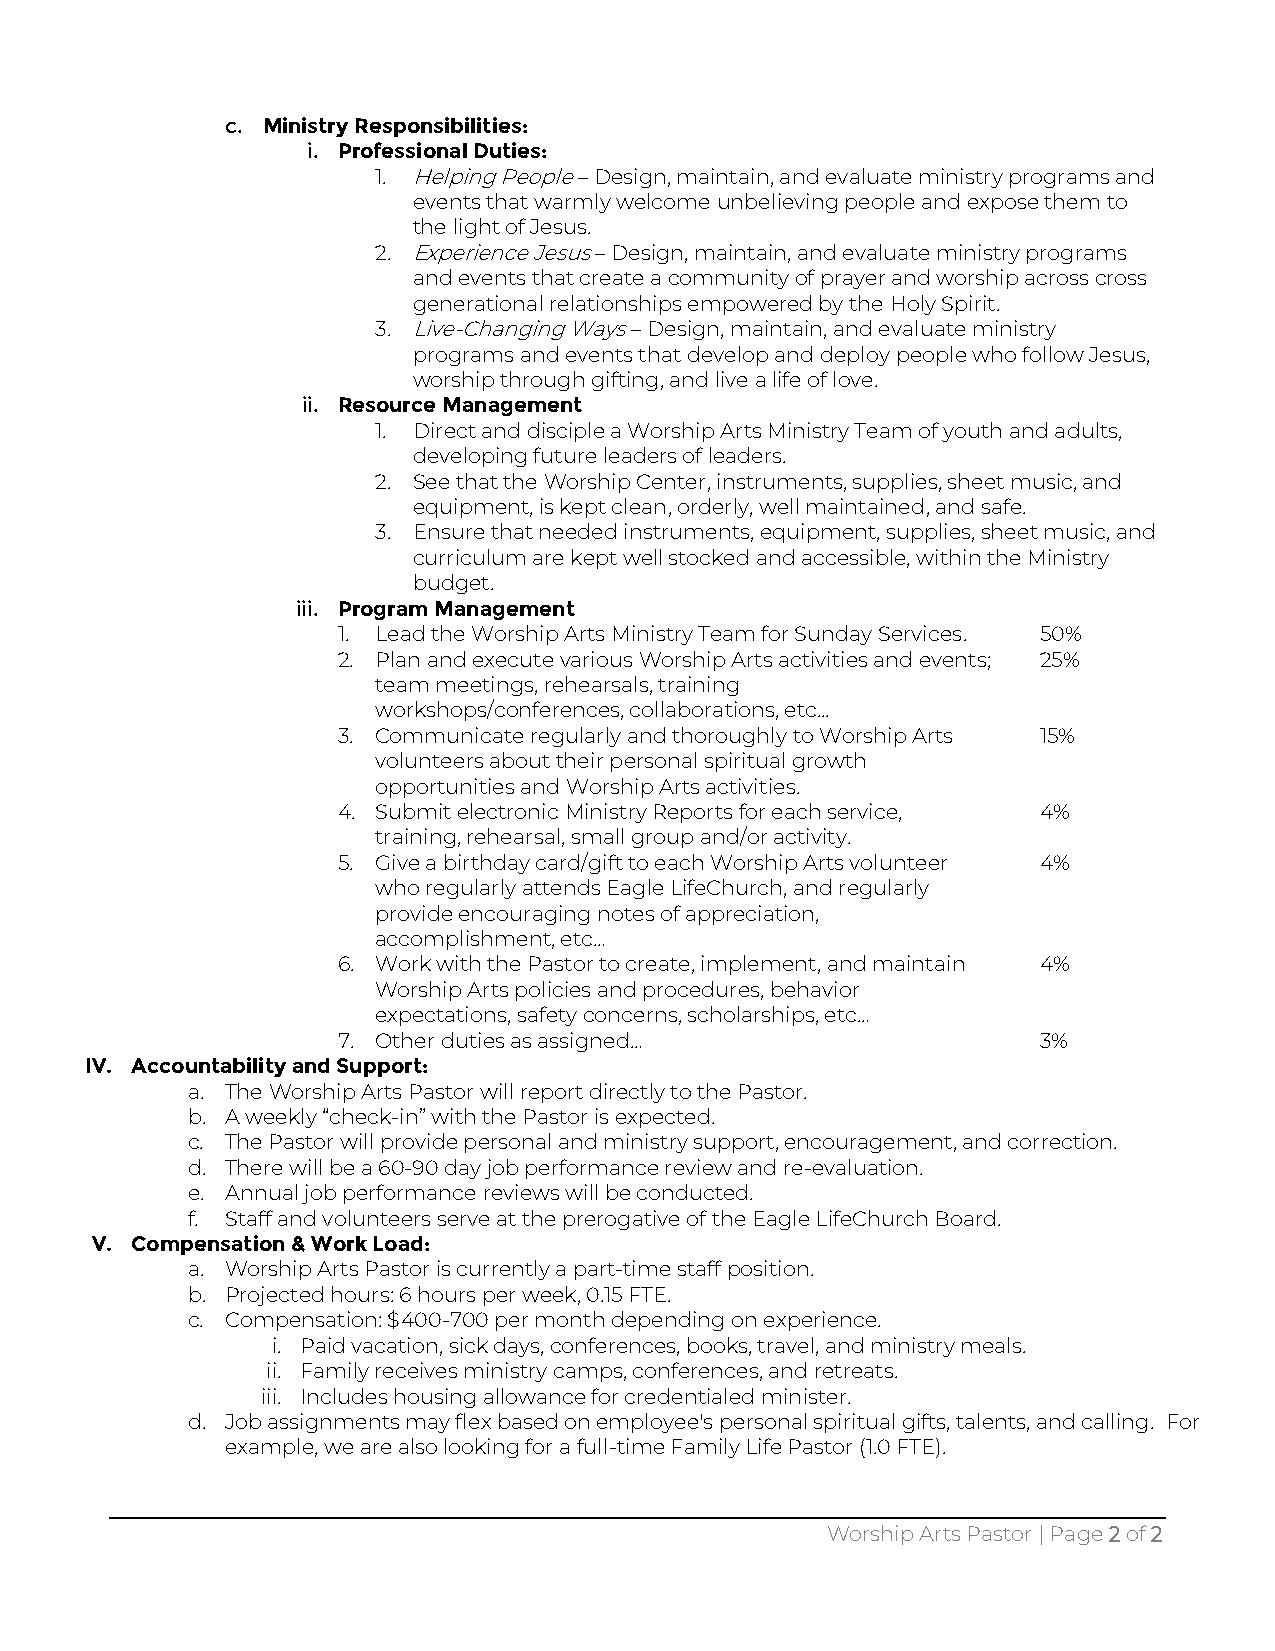
c. Ministry Responsibilities:
 i. Professional Duties:
 1. Helping People – Design, maintain, and evaluate ministry programs and
 events that warmly welcome unbelieving people and expose them to
 the light of Jesus.
 2. Experience Jesus – Design, maintain, and evaluate ministry programs
 and events that create a community of prayer and worship across cross
 generational relationships empowered by the Holy Spirit.
 3. Live-Changing Ways – Design, maintain, and evaluate ministry
 programs and events that develop and deploy people who follow Jesus,
 worship through gifting, and live a life of love.
 ii. Resource Management
 1. Direct and disciple a Worship Arts Ministry Team of youth and adults,
 developing future leaders of leaders.
 2. See that the Worship Center, instruments, supplies, sheet music, and
 equipment, is kept clean, orderly, well maintained, and safe.
 3. Ensure that needed instruments, equipment, supplies, sheet music, and
 curriculum are kept well stocked and accessible, within the Ministry
 budget.
 iii. Program Management
 1. Lead the Worship Arts Ministry Team for Sunday Services. 50%
 2. Plan and execute various Worship Arts activities and events; 25%
 team meetings, rehearsals, training
 workshops/conferences, collaborations, etc...
 3. Communicate regularly and thoroughly to Worship Arts 15%
 volunteers about their personal spiritual growth
 opportunities and Worship Arts activities.
 4. Submit electronic Ministry Reports for each service, 4%
 training, rehearsal, small group and/or activity.
 5. Give a birthday card/gift to each Worship Arts volunteer 4%
 who regularly attends Eagle LifeChurch, and regularly
 provide encouraging notes of appreciation,
 accomplishment, etc…
 6. Work with the Pastor to create, implement, and maintain 4%
 Worship Arts policies and procedures, behavior
 expectations, safety concerns, scholarships, etc…
 7. Other duties as assigned…                   3%
 IV. Accountability and Support:
 a. The Worship Arts Pastor will report directly to the Pastor.
 b. A weekly “check-in” with the Pastor is expected.
 c. The Pastor will provide personal and ministry support, encouragement, and correction.
 d. There will be a 60-90 day job performance review and re-evaluation.
 e. Annual job performance reviews will be conducted.
 f. Staff and volunteers serve at the prerogative of the Eagle LifeChurch Board.
 V. Compensation & Work Load:
 a. Worship Arts Pastor is currently a part-time staff position.
 b. Projected hours: 6 hours per week, 0.15 FTE.
 c. Compensation: $400-700 per month depending on experience.
 i. Paid vacation, sick days, conferences, books, travel, and ministry meals.
 ii. Family receives ministry camps, conferences, and retreats.
 iii. Includes housing allowance for credentialed minister.
 d. Job assignments may flex based on employee's personal spiritual gifts, talents, and calling. For
 example, we are also looking for a full-time Family Life Pastor (1.0 FTE).
 Worship Arts Pastor | Page 2 of 2